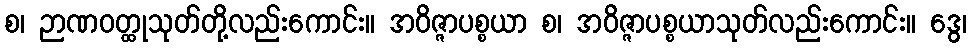
စ၊ ဉာဏဝတ္ထုသုတ်တို့လည်းကောင်း။ အဝိဇ္ဇာပစ္စယာ စ၊ အဝိဇ္ဇာပစ္စယာသုတ်လည်းကောင်း။ ဒွေ၊